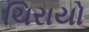
ચિરાયો